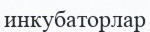
инкубаторлар